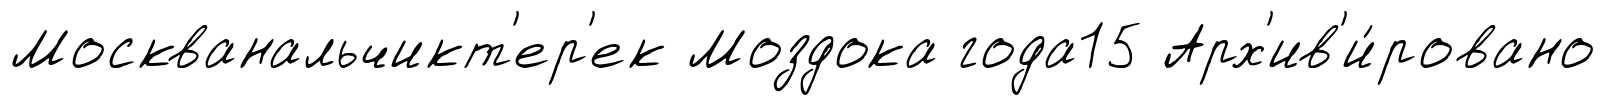
Москванальчикт'ер'ек Моздока года15 Арх'ив'и́ровано